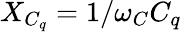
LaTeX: X_{C_{q}}=1/\omega_{C}C_{q}